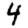
Digit: 4